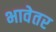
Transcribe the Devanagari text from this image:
भावेतर